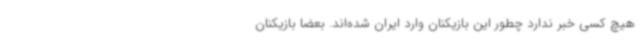
هیچ کسی خبر ندارد چطور این بازیکنان وارد ایران شده‌اند. بعضا بازیکنان